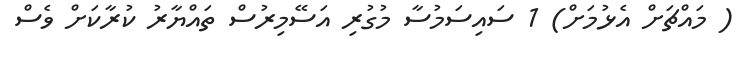
( މައްޗަށް އެޅުމަށް) 1 ސައިސަމުސާ މުގުރި އަސޭމިރުސް ތައްޔާރު ކުރާކަށް ވެސް